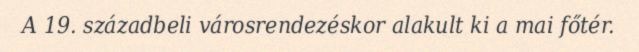
A 19. századbeli városrendezéskor alakult ki a mai főtér.